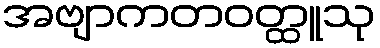
အဗျာကတဝတ္ထူသု